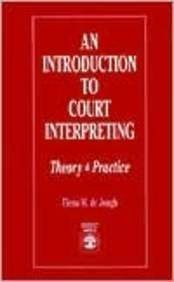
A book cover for An Introduction to Court Interpreting; De Elena M. Jongh; Law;